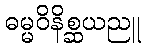
ဓမ္မဝိနိစ္ဆယညူ